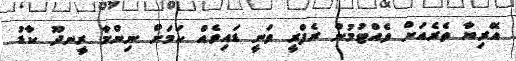
އޭރިޔާ ތެރެއަށް ވެއްޓުމުން ރެފްރީ ވަނީ ޑައިވެއް ކަމަށް ނިންމާ ރީނދޫ ކާޑު